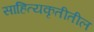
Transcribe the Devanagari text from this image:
साहित्यकृतीतील